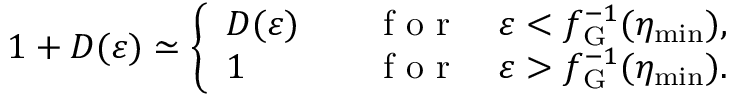
1 + D ( \varepsilon ) \simeq \left\{ \begin{array} { l l } { D ( \varepsilon ) \quad } & { \mathrm { ~ f ~ o ~ r ~ } \quad \varepsilon < f _ { \mathrm { G } } ^ { - 1 } ( \eta _ { \mathrm { m i n } } ) , } \\ { 1 \quad } & { \mathrm { ~ f ~ o ~ r ~ } \quad \varepsilon > f _ { \mathrm { G } } ^ { - 1 } ( \eta _ { \mathrm { m i n } } ) . } \end{array} \right.